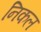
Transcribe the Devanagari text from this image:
निकल